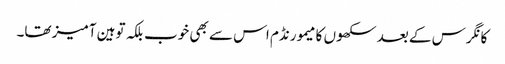
کانگرس کے بعد سکھوں کا میمورنڈم اس سے بھی خوب بلکہ توہین آمیز تھا۔